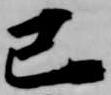
己